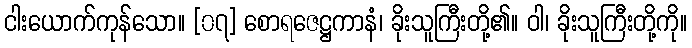
ငါးယောက်ကုန်သော။ [၀၇] စောရဇေဋ္ဌကာနံ၊ ခိုးသူကြီးတို့၏။ ဝါ၊ ခိုးသူကြီးတို့ကို။